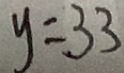
y = 3 3